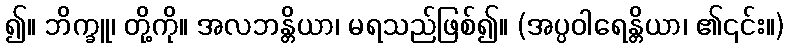
၍။ ဘိက္ခူ၊ တို့ကို။ အလဘန္တိယာ၊ မရသည်ဖြစ်၍။ (အပ္ပဝါရေန္တိယာ၊ ၏၎င်း။)